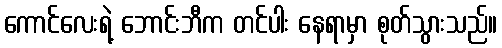
ကောင်လေးရဲ့ ဘောင်းဘီက တင်ပါး နေရာမှာ စုတ်သွားသည်။